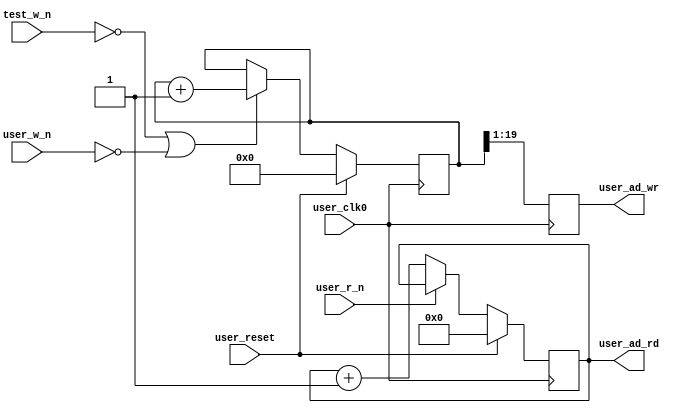
//*****************************************************************************
// DISCLAIMER OF LIABILITY
//
// This file contains proprietary and confidential information of
// Xilinx, Inc. ("Xilinx"), that is distributed under a license
// from Xilinx, and may be used, copied and/or disclosed only
// pursuant to the terms of a valid license agreement with Xilinx.
//
// XILINX IS PROVIDING THIS DESIGN, CODE, OR INFORMATION
// ("MATERIALS") "AS IS" WITHOUT WARRANTY OF ANY KIND, EITHER
// EXPRESSED, IMPLIED, OR STATUTORY, INCLUDING WITHOUT
// LIMITATION, ANY WARRANTY WITH RESPECT TO NONINFRINGEMENT,
// MERCHANTABILITY OR FITNESS FOR ANY PARTICULAR PURPOSE. Xilinx
// does not warrant that functions included in the Materials will
// meet the requirements of Licensee, or that the operation of the
// Materials will be uninterrupted or error-free, or that defects
// in the Materials will be corrected. Furthermore, Xilinx does
// not warrant or make any representations regarding use, or the
// results of the use, of the Materials in terms of correctness,
// accuracy, reliability or otherwise.
//
// Xilinx products are not designed or intended to be fail-safe,
// or for use in any application requiring fail-safe performance,
// such as life-support or safety devices or systems, Class III
// medical devices, nuclear facilities, applications related to
// the deployment of airbags, or any other applications that could
// lead to death, personal injury or severe property or
// environmental damage (individually and collectively, "critical
// applications"). Customer assumes the sole risk and liability
// of any use of Xilinx products in critical applications,
// subject only to applicable laws and regulations governing
// limitations on product liability.
//
// Copyright 2006, 2007, 2008 Xilinx, Inc.
// All rights reserved.
//
// This disclaimer and copyright notice must be retained as part
// of this file at all times.
//*****************************************************************************
//   ____  ____
//  /   /\/   /
// /___/  \  /    Vendor             : Xilinx
// \   \   \/     Version            : 3.6.1
//  \   \         Application        : MIG
//  /   /         Filename           : qdrii_test_addr_gen.v
// /___/   /\     Timestamp          : 15 May 2006
// \   \  /  \    Date Last Modified : $Date: 2010/11/26 18:26:07 $
//  \___\/\___\
//
//Device: Virtex-5
//Design: QDRII
//
//Purpose:
//    This module
//       1. generates the write and read test memory addresses.
//
//Revision History:
//
//*****************************************************************************

`timescale 1ns/1ps

module qdrii_test_addr_gen #
  (
   // Following parameters are for 72-bit design (for ML561 Reference board
   // design). Actual values may be different. Actual parameters values are
   // passed from design top module controller module. Please refer to the
   // controller module for actual values.
   parameter ADDR_WIDTH   = 19,
   parameter BURST_LENGTH = 4
   )
  (
   input                       user_clk0,
   input                       user_reset,
   input                       user_w_n,
   input                       test_w_n,
   input                       user_r_n,
   output reg [ADDR_WIDTH-1:0] user_ad_wr,
   output reg [ADDR_WIDTH-1:0] user_ad_rd
   );

   reg [ADDR_WIDTH:0] test_ad_wr;

   // Write Address is generated for every alternate clock for BL4 and on every
   // clock for BL2.
//   always @(posedge user_clk0)
//     begin
//        if (user_reset)
//          user_ad_wr <= 'b0;
//        else if (BURST_LENGTH == 4)
//          user_ad_wr[ADDR_WIDTH-1:0] <= test_ad_wr[ADDR_WIDTH:1];
//        else
//          user_ad_wr[ADDR_WIDTH-1:0] <= test_ad_wr[ADDR_WIDTH-1:0];
//     end

   always @(posedge user_clk0)
     begin
        if (BURST_LENGTH == 4)
          user_ad_wr[ADDR_WIDTH-1:0] <= test_ad_wr[ADDR_WIDTH:1];
        else if(BURST_LENGTH == 2)
          user_ad_wr[ADDR_WIDTH-1:0] <= test_ad_wr[ADDR_WIDTH-1:0];
     end

   always @(posedge user_clk0)
     begin
        if (user_reset)
          test_ad_wr <= 'b0;
        else if (~test_w_n | ~user_w_n )
          test_ad_wr <= test_ad_wr + 1;
        else
          test_ad_wr <= test_ad_wr;
     end

   always @(posedge user_clk0)
     begin
        if (user_reset)
          user_ad_rd <= 'b0;
        else if (~user_r_n)
          user_ad_rd <= user_ad_rd + 1;
     end

endmodule